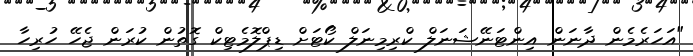
"އަހަރެމެން ދާނަން އިންޓަނޭޝަނަލް ކްރިމިނަލް ކޯޓަށް ޑިޕްލޮމެޓިކް ގޮތުން ކުރަން ޖެހޭ ހުރިހާ